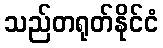
သည်တရုတ်နိုင်ငံ